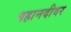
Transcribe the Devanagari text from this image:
महानदीवर